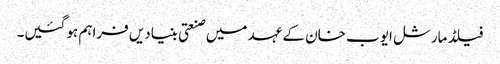
فیلڈ مارشل ایوب خان کے عہد میں صنعتی بنیادیں فراہم ہو گئیں۔